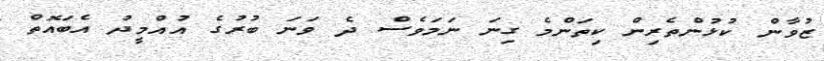
ޒުވާން ކުޅުންތެރިން ކިތަންމެ ގިނަ ނަމަވެސް ދެ ވަނަ ބުރުގެ އުއްމީދު އެބައޮތް